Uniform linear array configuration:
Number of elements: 32
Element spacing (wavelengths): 0.75
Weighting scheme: kaiser
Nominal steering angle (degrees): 60
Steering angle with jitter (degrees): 60.303
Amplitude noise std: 0.05
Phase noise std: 0.05

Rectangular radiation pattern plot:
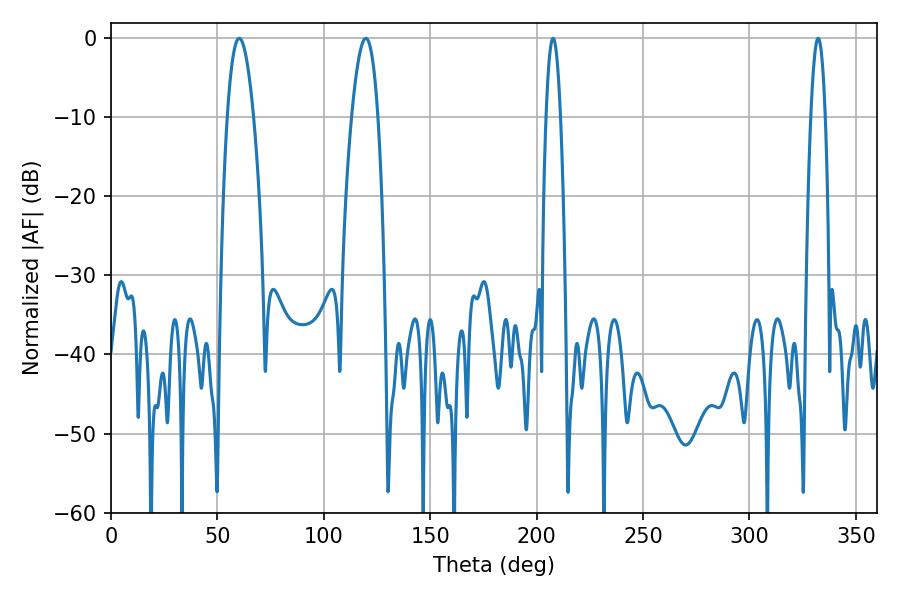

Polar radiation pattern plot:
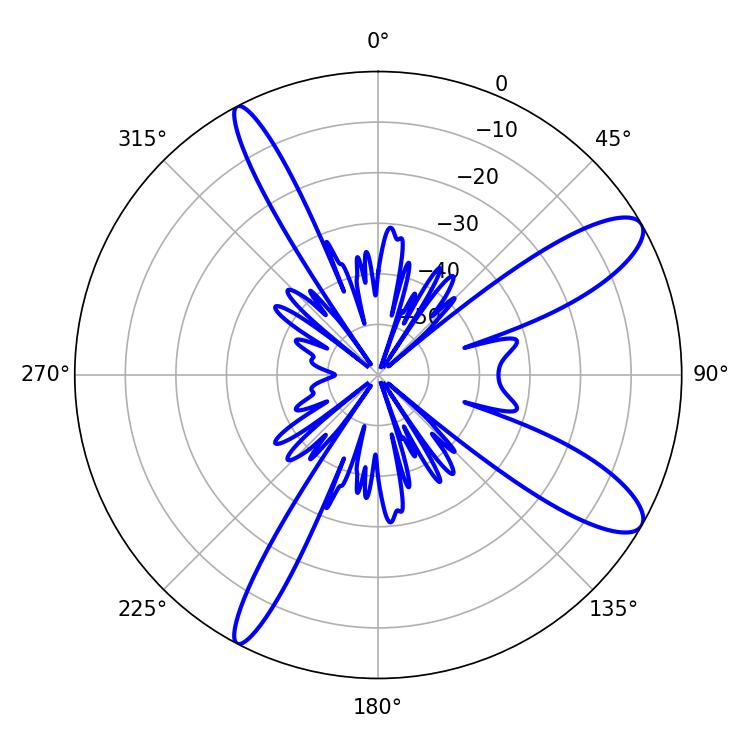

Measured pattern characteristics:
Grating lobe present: TRUE
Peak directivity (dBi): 11.068
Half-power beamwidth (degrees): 3.6
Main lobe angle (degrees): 207.72